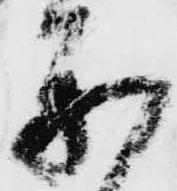
参